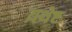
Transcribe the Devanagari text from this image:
य़थेष्ट